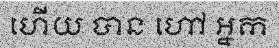
ហើយ បាន ហៅ ឣ្នក